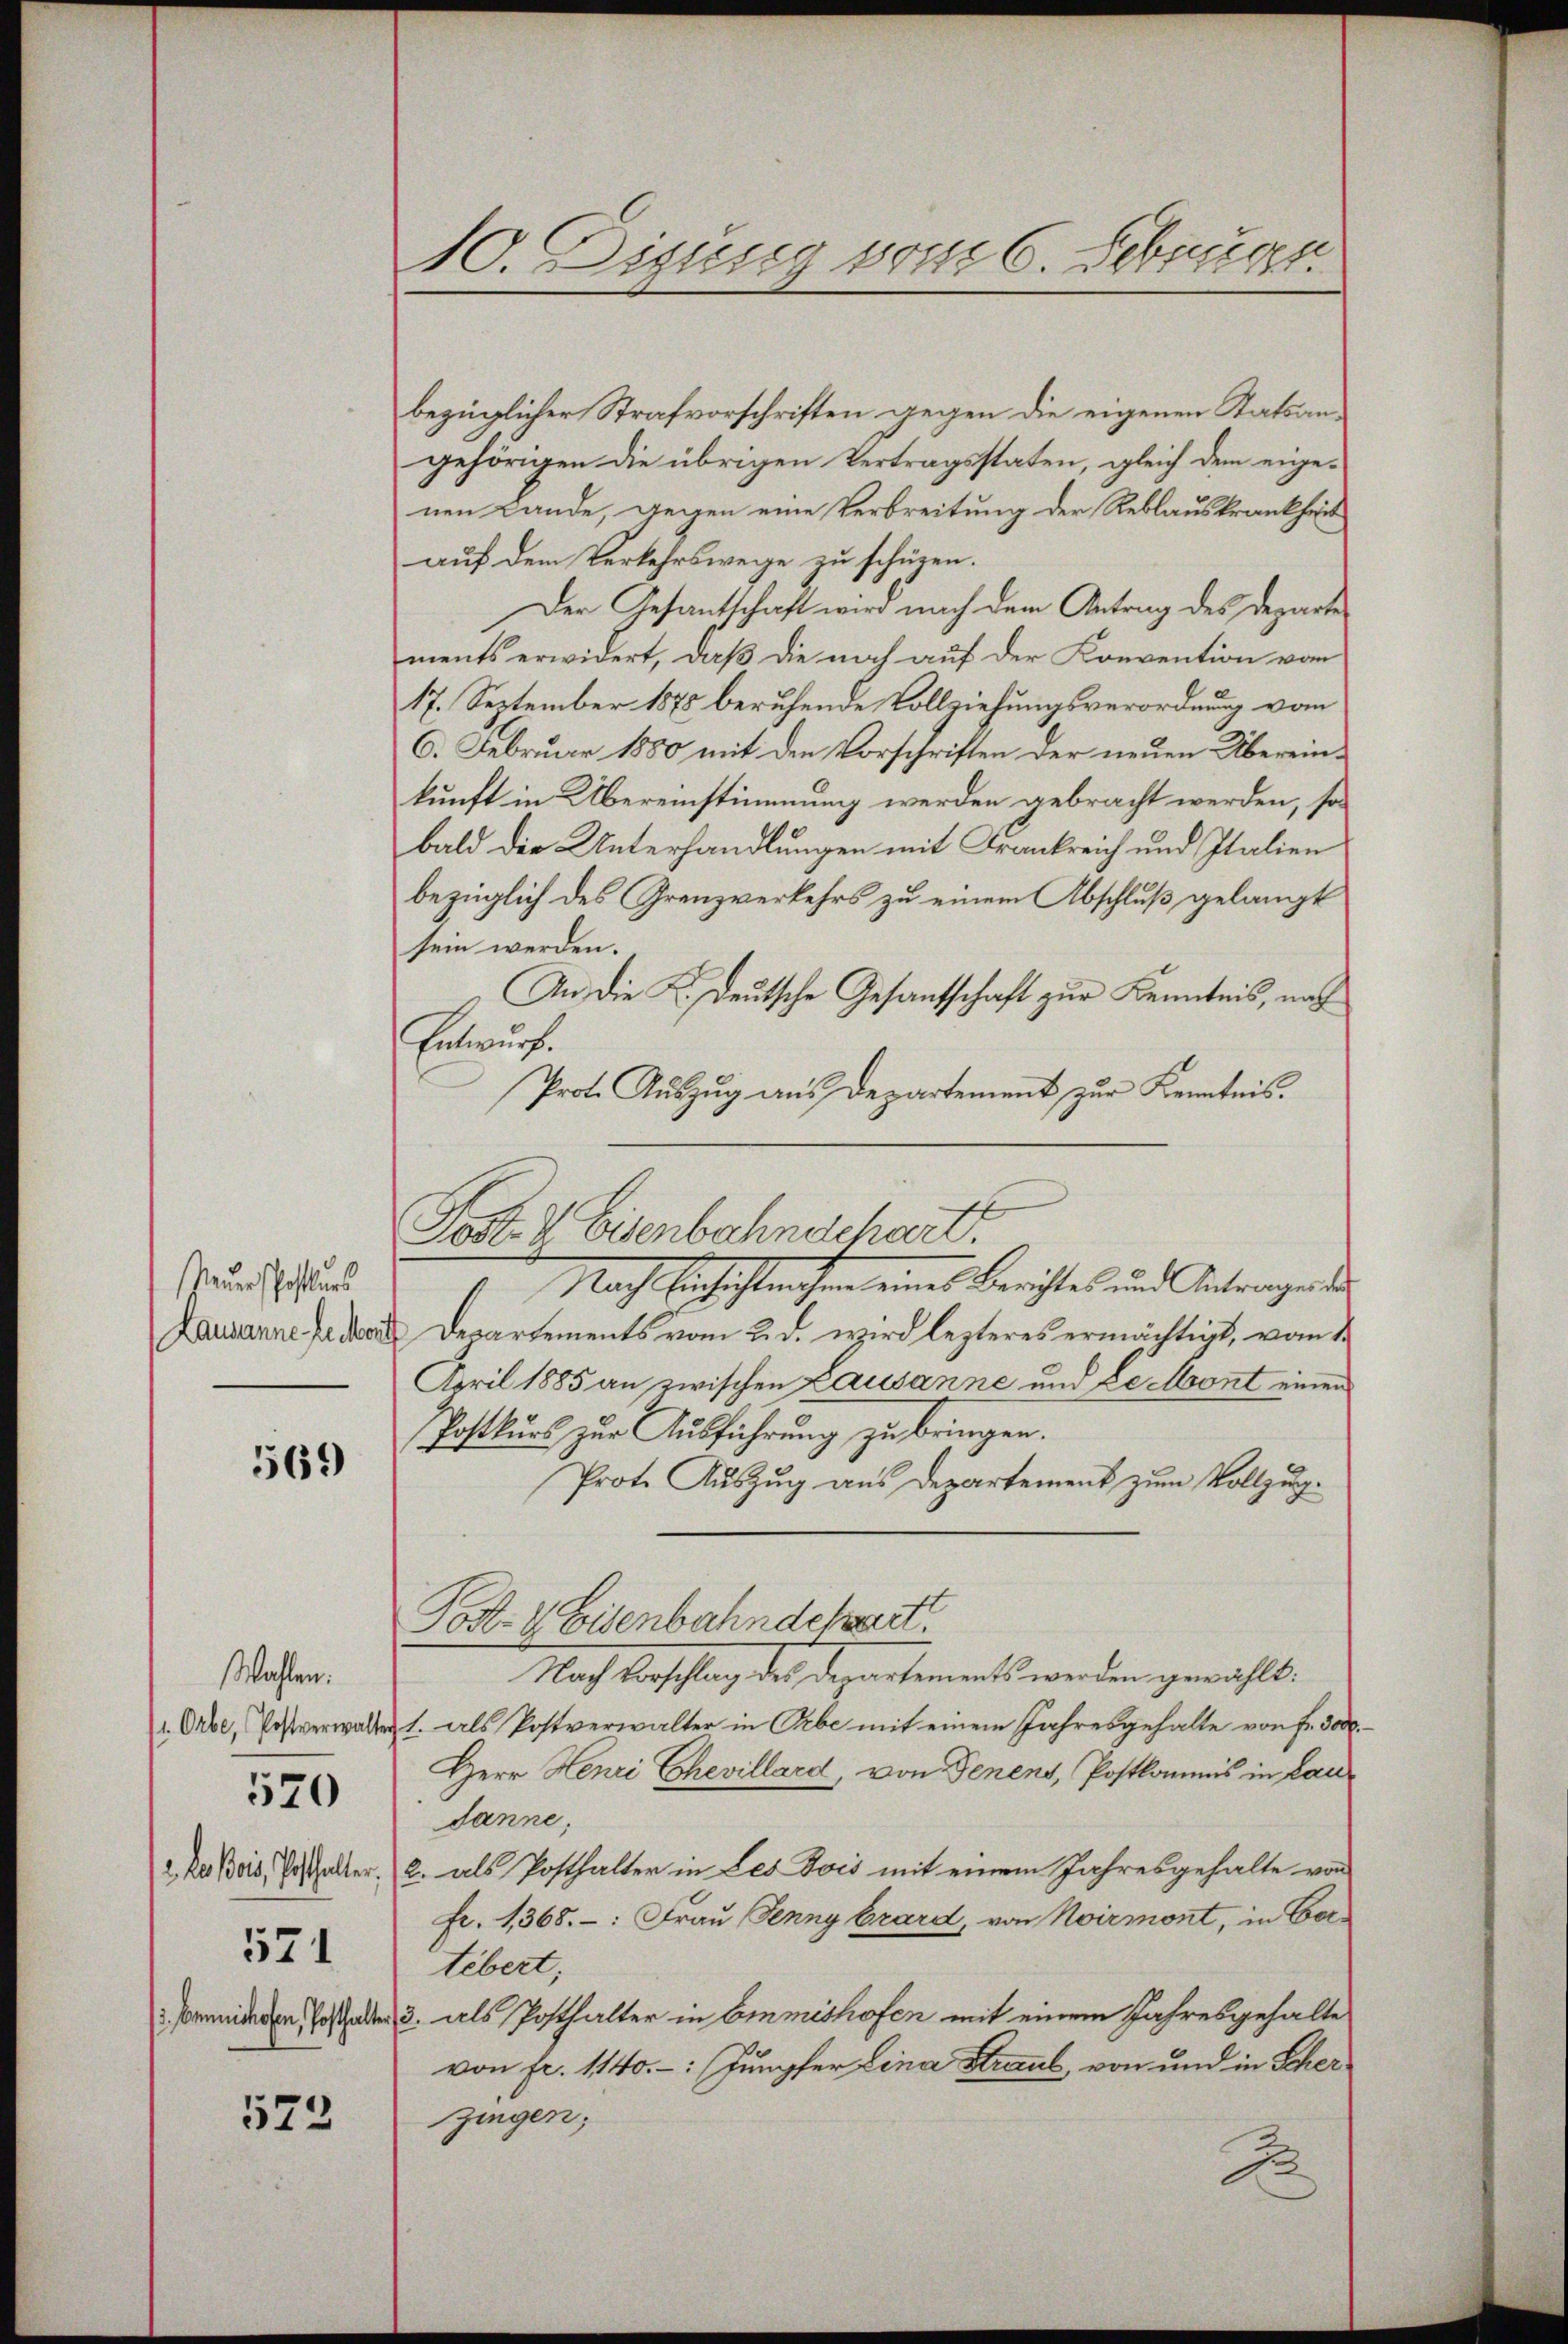
Neuer schofters

569

Wahlen.
(1 Orbe, Postverwalter
2. Les pris, Posthalter.
571
. Comischofen, Posthalter

570

573

10. Disseg vom 6. Februar

bezüglicher Strafvorschriften gegen die eigenen Statsangehörigen die übrigen Vertragsstaten, gleich dem eigenen Lande, gegen eine Verbreitung der Reblauskrankheit
auf dem Verkehrswege zu schüren.
Der Gesantschaft wird nach dem Antrag des Departe
ments erwidert, daß die noch auf der Konvention von
17. September 1875 beruhende Vollziehungsverordnung vom
6. Februar 1880 mit den Vorschriften der neuen Übereinkunft in Übereinstimmung werden gebracht werden, so
bald die Unterhandlungen mit Frankreich und Italien
bezüglich des Grenzverkehrs zu einem Abschluß gelangt
sein werden.
An die K. Deutsche Gesantschaft zur Kenntnis, nach
Entwurf.
Prot. Auszug aus Departement zur Kenntnis.
Post. I. Eisenbahnschart.
I. Nach Einsichtungen eines Berichtes und Antragen de
Lausanne Feder Departements vom 2. d. wird lezteres ermächtigt, vom 1.
April 1885 an zwischen Lausanne und Leont einen
Postkurs zur Ausführung zu bringen.
Prote Aŭszŭg aŭs Departement zŭm Vollzŭg.
Post- & Eisenbahndchart.
Nach Vorschlag des Departements werden gewählt:
1. als Postverwalter in Orbe mit einem Jahresgehalte von Fr. 3000.
Herr Henri Chevillard, von Jenens, Postkommnis in Laudanne,
2. als Posthalter in Les Bois mit einem Jahresgehalte von
Fr. 1368.: Frau Jenny Grard, von Noirmont, in Cortebert;
3. als Posthalter in Emmishofen mit einem Jahresgehalte
von fr. 1140.-: Jumpfer Lina Straut, von und in Scherzingen;
J